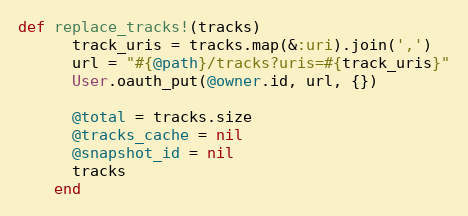
Language: Ruby
def replace_tracks!(tracks)
      track_uris = tracks.map(&:uri).join(',')
      url = "#{@path}/tracks?uris=#{track_uris}"
      User.oauth_put(@owner.id, url, {})

      @total = tracks.size
      @tracks_cache = nil
      @snapshot_id = nil
      tracks
    end